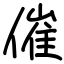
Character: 催